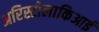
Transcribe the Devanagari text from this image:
अरिस्टोलाकिआई